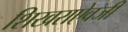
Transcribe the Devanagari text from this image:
शिखराऐवजी